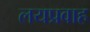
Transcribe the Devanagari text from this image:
लयप्रवाह